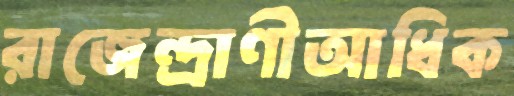
রাজেন্দ্রাণীআধিক